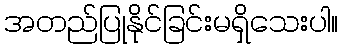
အတည်ပြုနိုင်ခြင်းမရှိသေးပါ။